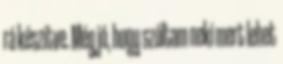
rá készítve. Még jó, hogy szóltam neki mert lehet